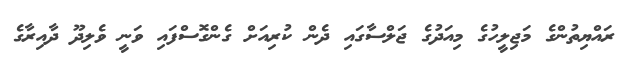
ރައްޔިތުންގެ މަޖިލީހުގެ މިއަދުގެ ޖަލްސާގައި ދެން ކުރިއަށް ގެންގޮސްފައި ވަނީ ވެލިދޫ ދާއިރާގެ